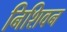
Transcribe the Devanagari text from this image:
निशिवन